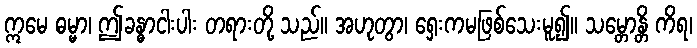
ဣမေ ဓမ္မာ၊ ဤခန္ဓာငါးပါး တရားတို့ သည်။ အဟုတွာ၊ ရှေးကမဖြစ်သေးမူ၍။ သမ္တောန္တိ ကိရ၊